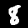
Digit: 8